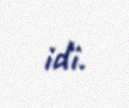
idi.